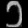
Digit: ၁